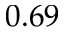
0 . 6 9